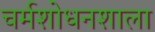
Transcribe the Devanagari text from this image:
चर्मशोधनशाला